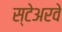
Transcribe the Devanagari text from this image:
स्टेअरवे